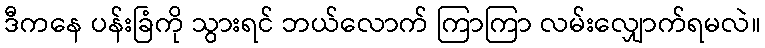
ဒီကနေ ပန်းခြံကို သွားရင် ဘယ်လောက် ကြာကြာ လမ်းလျှောက်ရမလဲ။